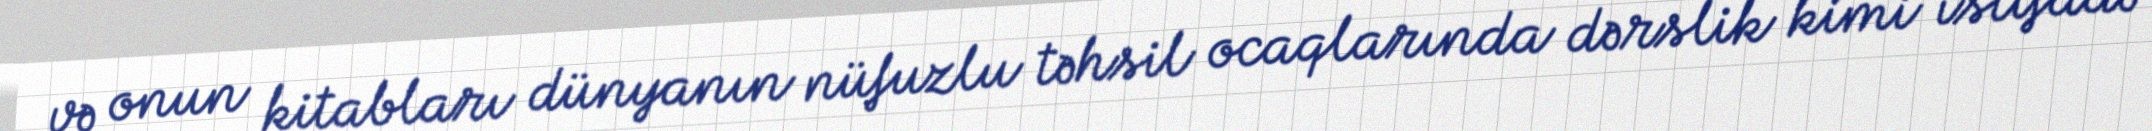
və onun kitabları dünyanın nüfuzlu təhsil ocaqlarında dərslik kimi istifadə